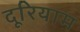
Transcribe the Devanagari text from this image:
दूरियाम